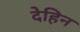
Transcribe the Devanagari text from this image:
देहिन